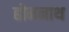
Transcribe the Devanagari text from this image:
होमनाथ